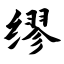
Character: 缪